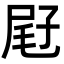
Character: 屘